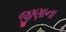
જીણાના